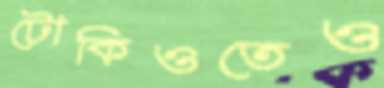
টোকিওতেও